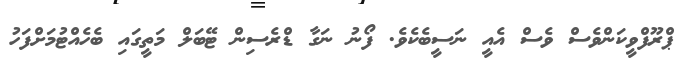
ޕްރޫފްވީކަންވެސް ވެސް އެއީ ނަސީބެކެވެ. ފޯނު ނަގާ ޑްރެސިން ޓޭބަލް މަތީގައި ބެހެއްޓުމަށްފަހު